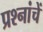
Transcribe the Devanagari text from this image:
प्रश्नांचें